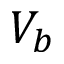
V _ { b }